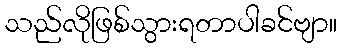
သည်လိုဖြစ်သွားရတာပါခင်ဗျာ။